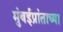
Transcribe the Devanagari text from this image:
मुंबईप्रांताच्या